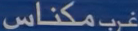
مكناس غرب